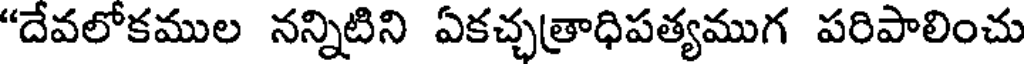
"దేవలోకముల నన్నిటిని ఏకచ్చత్రాధిపత్యముగ పరిపాలించు